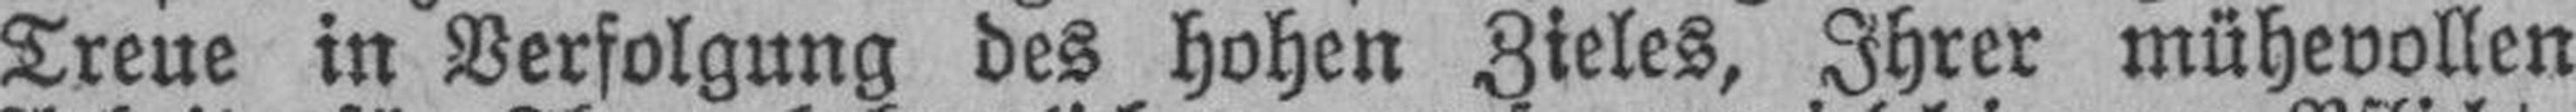
Treue in Verfolgung des hohen Zieles, Ihrer mühevollen